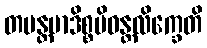
တပန္တမာဒိစ္စမိဝန္တလိက္ခေတိ